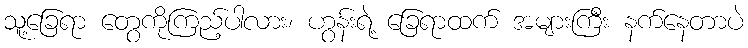
သူ့ခြေရာ တွေကိုကြည့်ပါလား၊ ဟွန်းရဲ့ ခြေရာထက် အများကြီး နက်နေတာပဲ